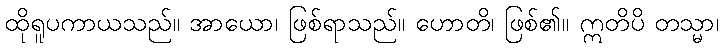
ထိုရူပကာယသည်။ အာယော၊ ဖြစ်ရာသည်။ ဟောတိ၊ ဖြစ်၏။ ဣတိပိ တသ္မာ၊